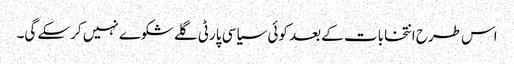
اس طرح انتخابات کے بعد کوئی سیاسی پارٹی گلے شکوے نہیں کرسکے گی۔